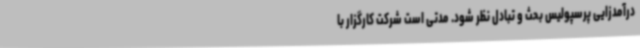
درآمدزایی پرسپولیس بحث و تبادل نظر شود. مدتی است شرکت کارگزار با